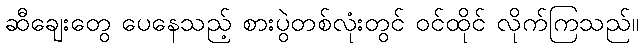
ဆီချေးတွေ ပေနေသည့် စားပွဲတစ်လုံးတွင် ဝင်ထိုင် လိုက်ကြသည်။